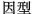
因型